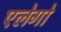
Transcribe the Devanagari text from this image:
एलेगो